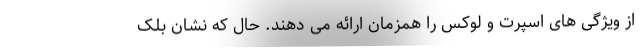
از ویژگی های اسپرت و لوکس را همزمان ارائه می دهند. حال که نشان بلک